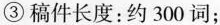
③稿件长度：约300词；